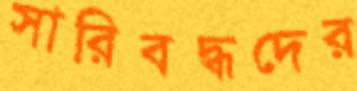
সারিবদ্ধদের